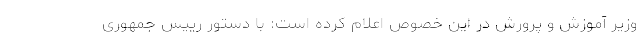
وزیر آموزش و پرورش در این خصوص اعلام کرده است: با دستور رییس جمهوری